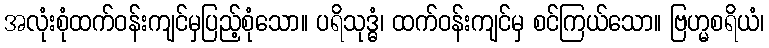
အလုံးစုံထက်ဝန်းကျင်မှပြည့်စုံသော။ ပရိသုဒ္ဓံ၊ ထက်ဝန်းကျင်မှ စင်ကြယ်သော။ ဗြဟ္မစရိယံ၊